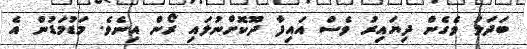
ބަދަލު ވެގެން ދިޔައިރު ވެސް އައިފާ ދޫކޮށްނުލައި ރޯން އިނެވެ. މަޑުމަޑުން އެ